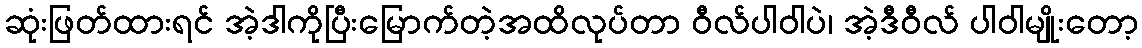
ဆုံးဖြတ်ထားရင် အဲ့ဒါကိုပြီးမြောက်တဲ့အထိလုပ်တာ ဝီလ်ပါဝါပဲ၊ အဲ့ဒီဝီလ် ပါဝါမျိုးတော့